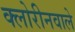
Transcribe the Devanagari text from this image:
क्लोरीनवाले